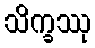
သိက္ခဿု